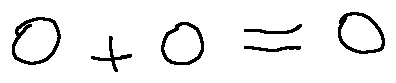
0 + 0 = 0